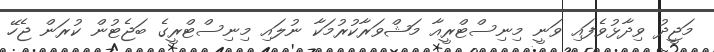
މަޖީދު ވިދާޅުވެފައި ވަނީ މިނިސްޓްރީއާ މަޝްވަރާކުރުމަކާ ނުލައި މިނިސްޓްރީގެ ބަޖެޓުން ކުރަން ޖެހޭ